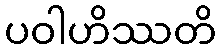
ပဝါဟိဿတိ